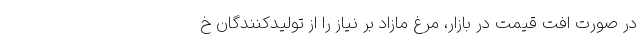
در صورت افت قیمت در بازار، مرغ مازاد بر نیاز را از تولیدکنندگان خ